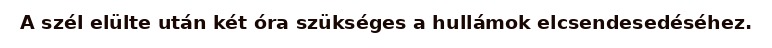
A szél elülte után két óra szükséges a hullámok elcsendesedéséhez.